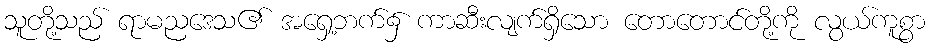
သူတို့သည် ရာမညဒေသ၏ အရှေ့ဘက်၌ ကာဆီးလျက်ရှိသော တောတောင်တို့ကို လွယ်ကူစွာ